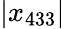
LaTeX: \left|x_{433}\right|